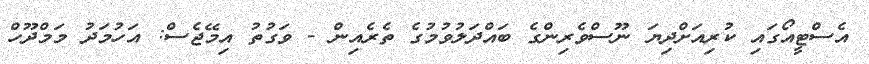
އެސްޓީއޯގައި ކުރިއަށްދިޔަ ނޫސްވެރިންގެ ބައްދަލުވުމުގެ ތެރެއިން - ވަގުތު އިމޭޖެސް: އަހުމަދު މަމްދޫހް